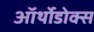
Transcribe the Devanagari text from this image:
ऑर्थोडोक्स